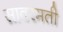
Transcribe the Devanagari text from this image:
सावरमती